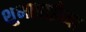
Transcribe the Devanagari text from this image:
शुभाताईंच्या